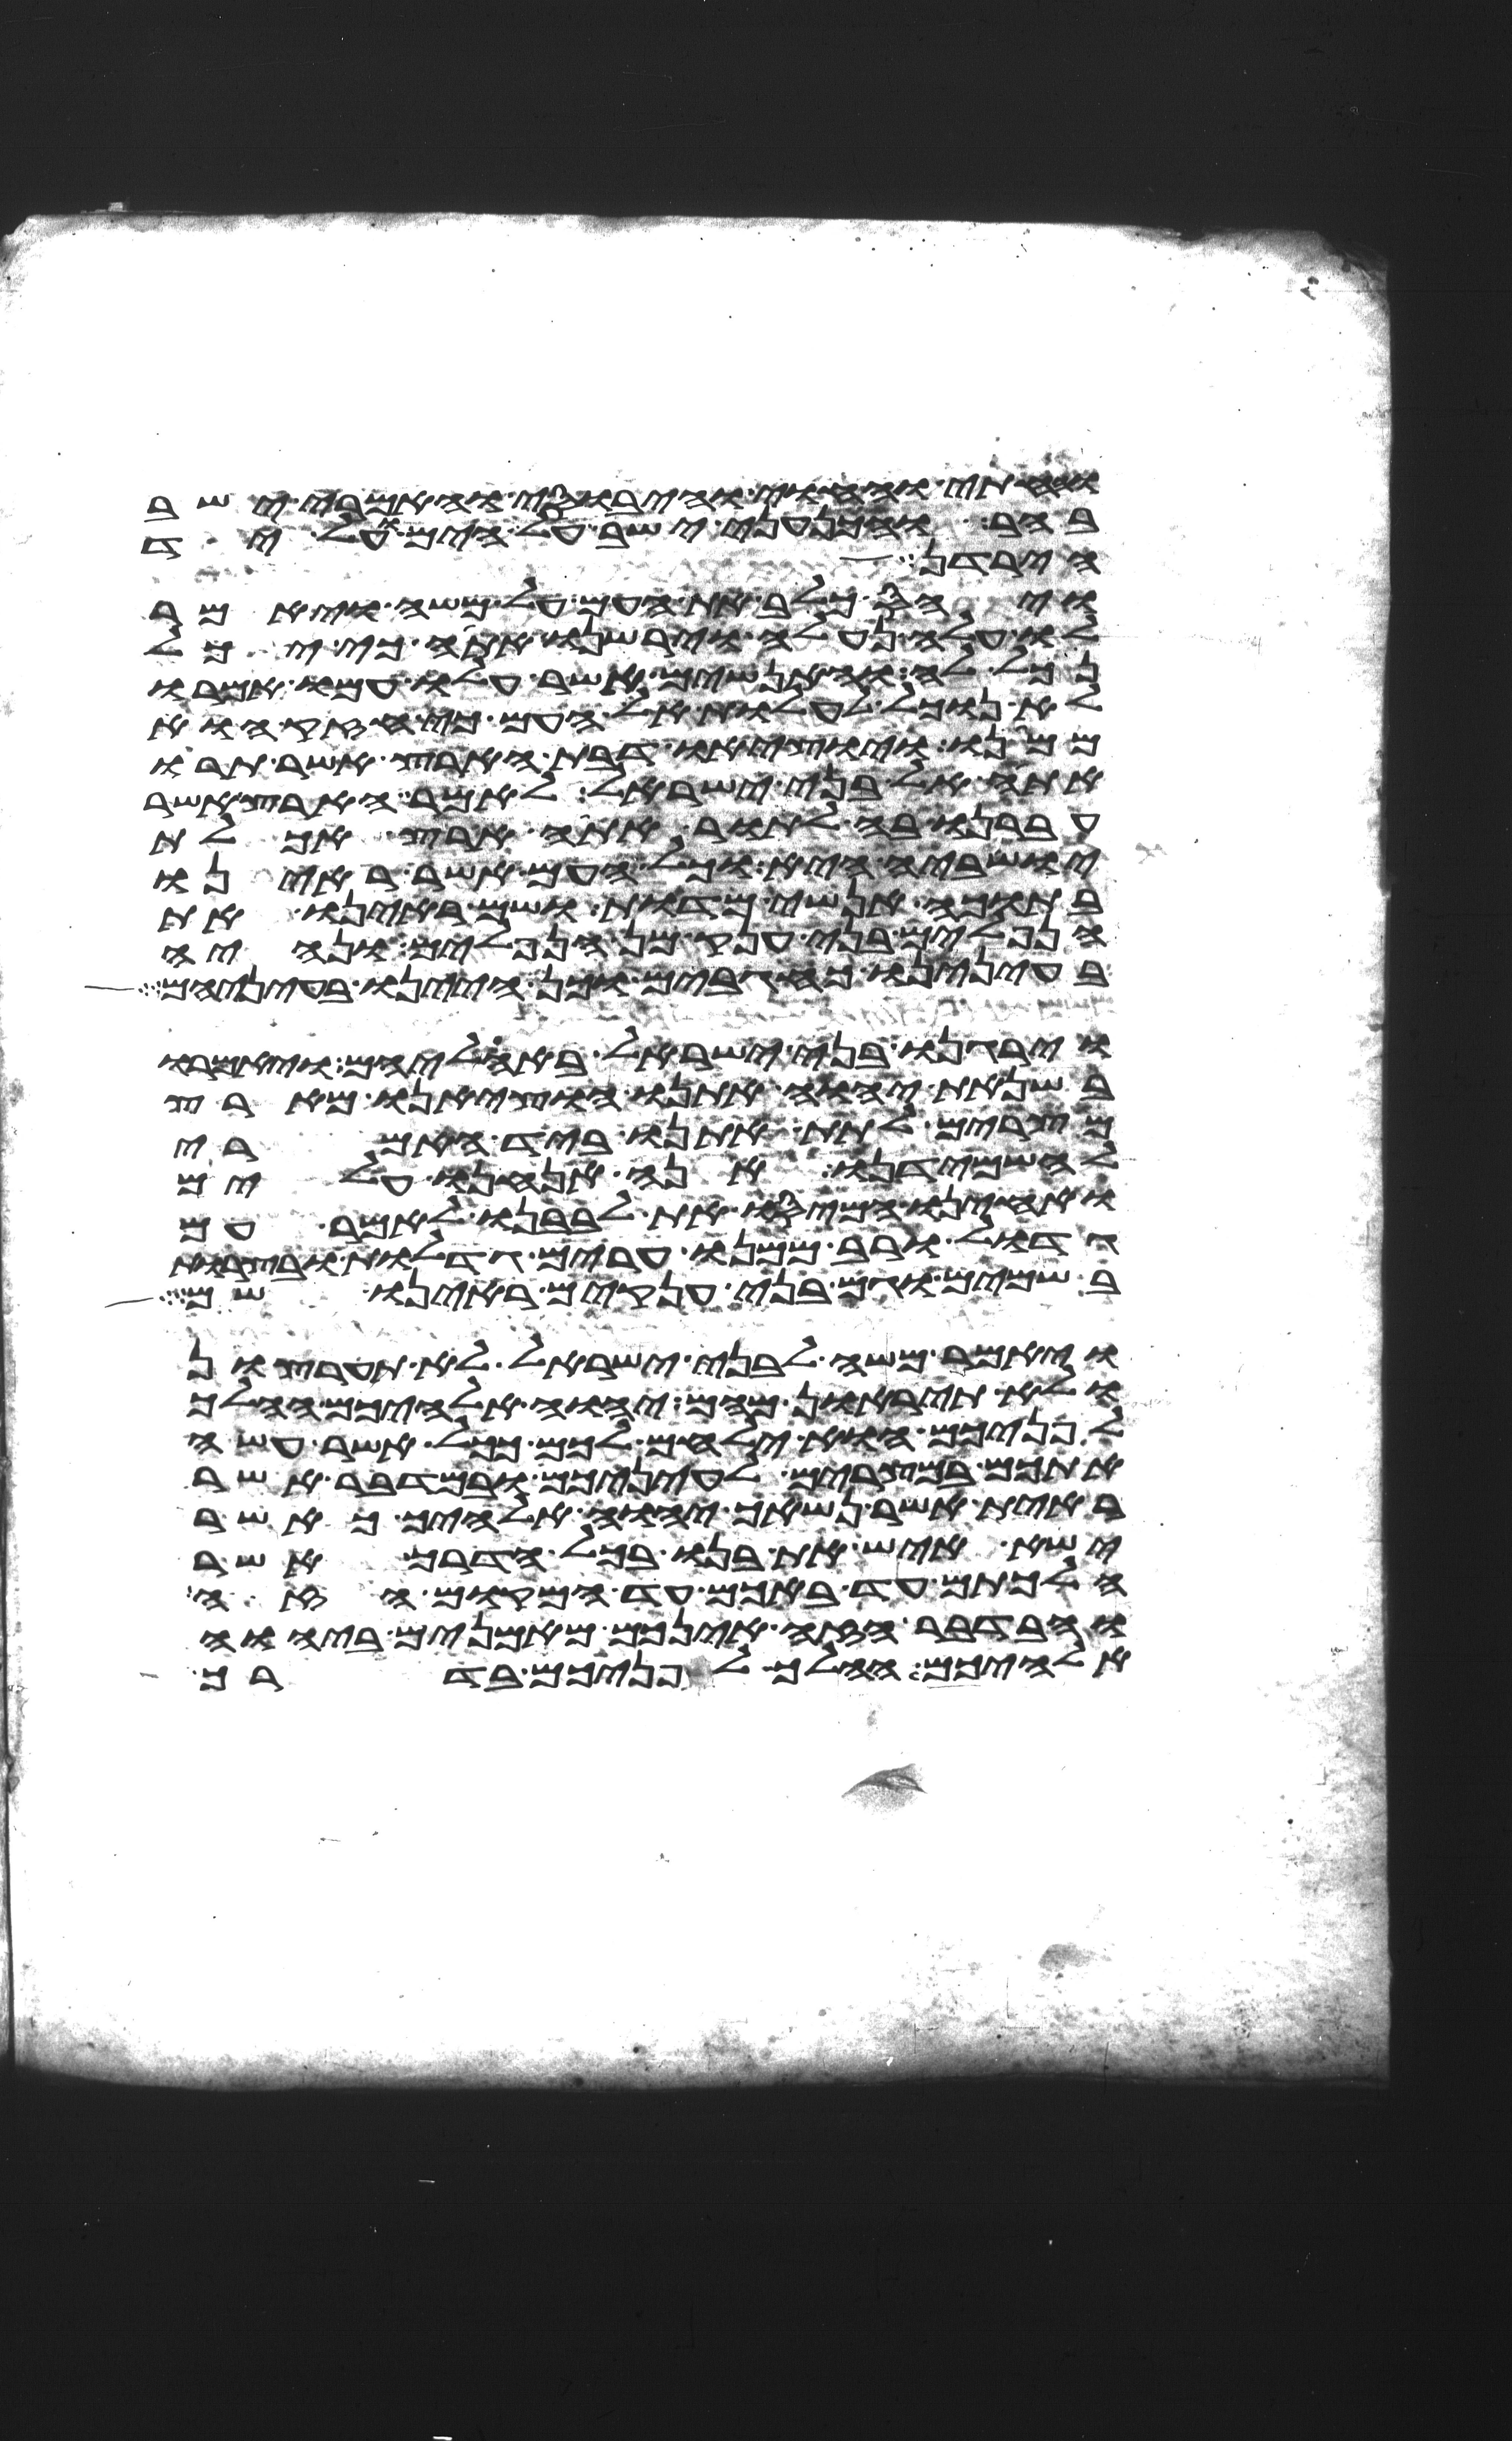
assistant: והחתי והחוי והיבוסי והאמרי ישב
בהר והכנעני ישב על הים ועל יד
הירדן
ויחס כלב את העם על משה ויאמר
לו עלה נעלה וירשנו אתה כי יכל
נכל לה והאנשים אשר עלו עמו אמרו
לא נוכל לעלות אל העם כי חזק הוא
ממנו ויוציאו דבת הארץ אשר תרו
אתה אל בני ישראל לאמר הארץ אשר
עברנו בה לתור אתה ארץ אכלת
ישביה היא וכל העם אשר ראינו
בתוכה אנשי מדות ושם ראינו את
הנפלים בני ענק מן הנפלים ונהיה
בעינינו כחגבים וכן היינו בעיניהם
וירגנו בני ישראל באהליהם ויאמרו
בשנאת יהוה אתנו הוציאנו מארץ
מצרים לתת אתנו ביד האמרי
להשמידנו אנה אנחנו עלים
ואחינו המיסו את לבבנו לאמר עם
גדול ורב ממנו ערים גדלות ובצרות
בשמים וגם בני ענקים ראינו שם
ויאמר משה לבני ישראל לא תערצון
ולא תיראון מהם יהוה אלהיכם ההלך
לפניכם הוא ילחם לכם ככל אשר עשה
אתכם במצרים לעיניכם ובמדבר אשר
ראית אשר נשאך יהוה אלהיך כאשר
ישא איש את בנו בכל הדרך אשר
הלכתם עד באכם עד המקום הזה
ובדבר הזה אינכם מאמנים ביהוה
אלהיכם ההלך לפניכם בדרך